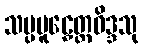
သမ္ပမူဠှေတ္ထဝိဒ္ဒသု